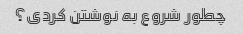
چطور شروع به نوشتن کردی؟